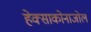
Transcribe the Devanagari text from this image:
हेक्‍साकोनाजोल